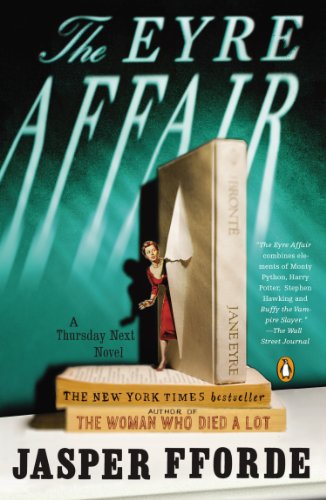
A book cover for The Eyre Affair: A Thursday Next Novel; Jasper Fforde; Mystery, Thriller & Suspense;